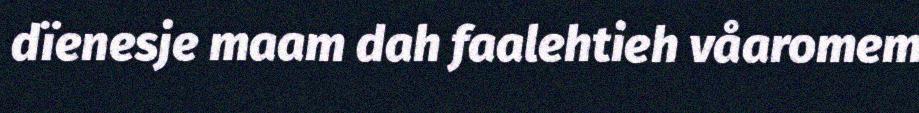
dïenesje maam dah faalehtieh våaromem